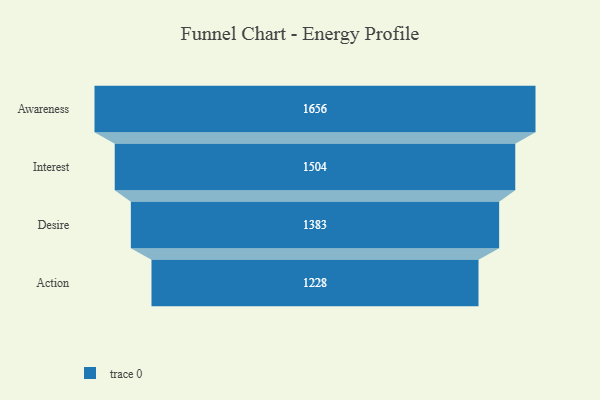
{"axis": {"x": "Stage", "y": "Value"}, "legend": [""], "data": [{"x": "Awareness", "y": 1656.0, "type": ""}, {"x": "Interest", "y": 1504.0, "type": ""}, {"x": "Desire", "y": 1383.0, "type": ""}, {"x": "Action", "y": 1228.0, "type": ""}]}